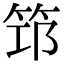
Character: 筇